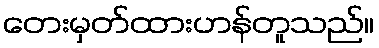
တေးမှတ်ထားဟန်တူသည်။